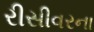
રીસીવરના